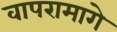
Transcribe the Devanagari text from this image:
वापरामागे